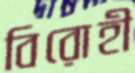
বিরোহী